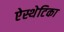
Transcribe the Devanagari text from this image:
ऐस्थेटिका